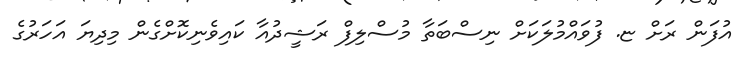
އުފަން ރަށް ޏ. ފުވައްމުލަކަށް ނިސްބަތާ މުސްލިފް ރަޝީދުއާ ކައިވެނިކޮށްގެން މިދިޔަ އަހަރުގެ